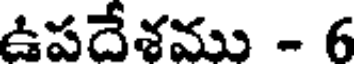
ఉపదేశము - 6